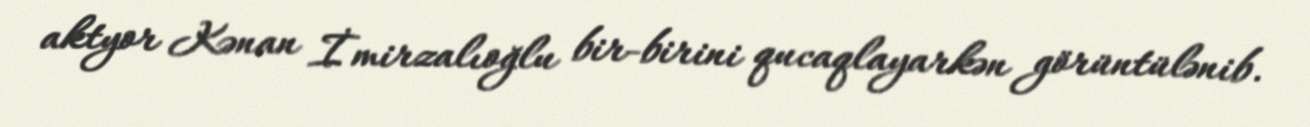
aktyor Kənan İmirzalıoğlu bir-birini qucaqlayarkən görüntülənib.